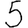
Digit: 5